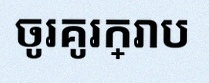
ចូរគូរក្រាប